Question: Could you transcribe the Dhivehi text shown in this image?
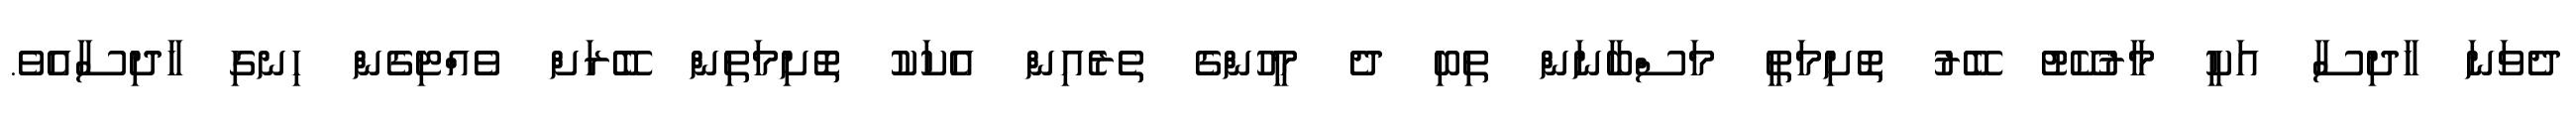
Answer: ދެވަނަ ހާދިސާ އަކީ މާރުކޭޓު ބޭރު ތޮށިމަތީ މަސްބާނަން ތިބި ދެ މީހުންގެ ތެރެއިން އެކަކު ތޮށިމަތިން ބޭރަށް ވެއްޓިގެން ހިނގި ހާދިސާއެވެ.